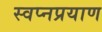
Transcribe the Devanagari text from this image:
स्वप्नप्रयाण